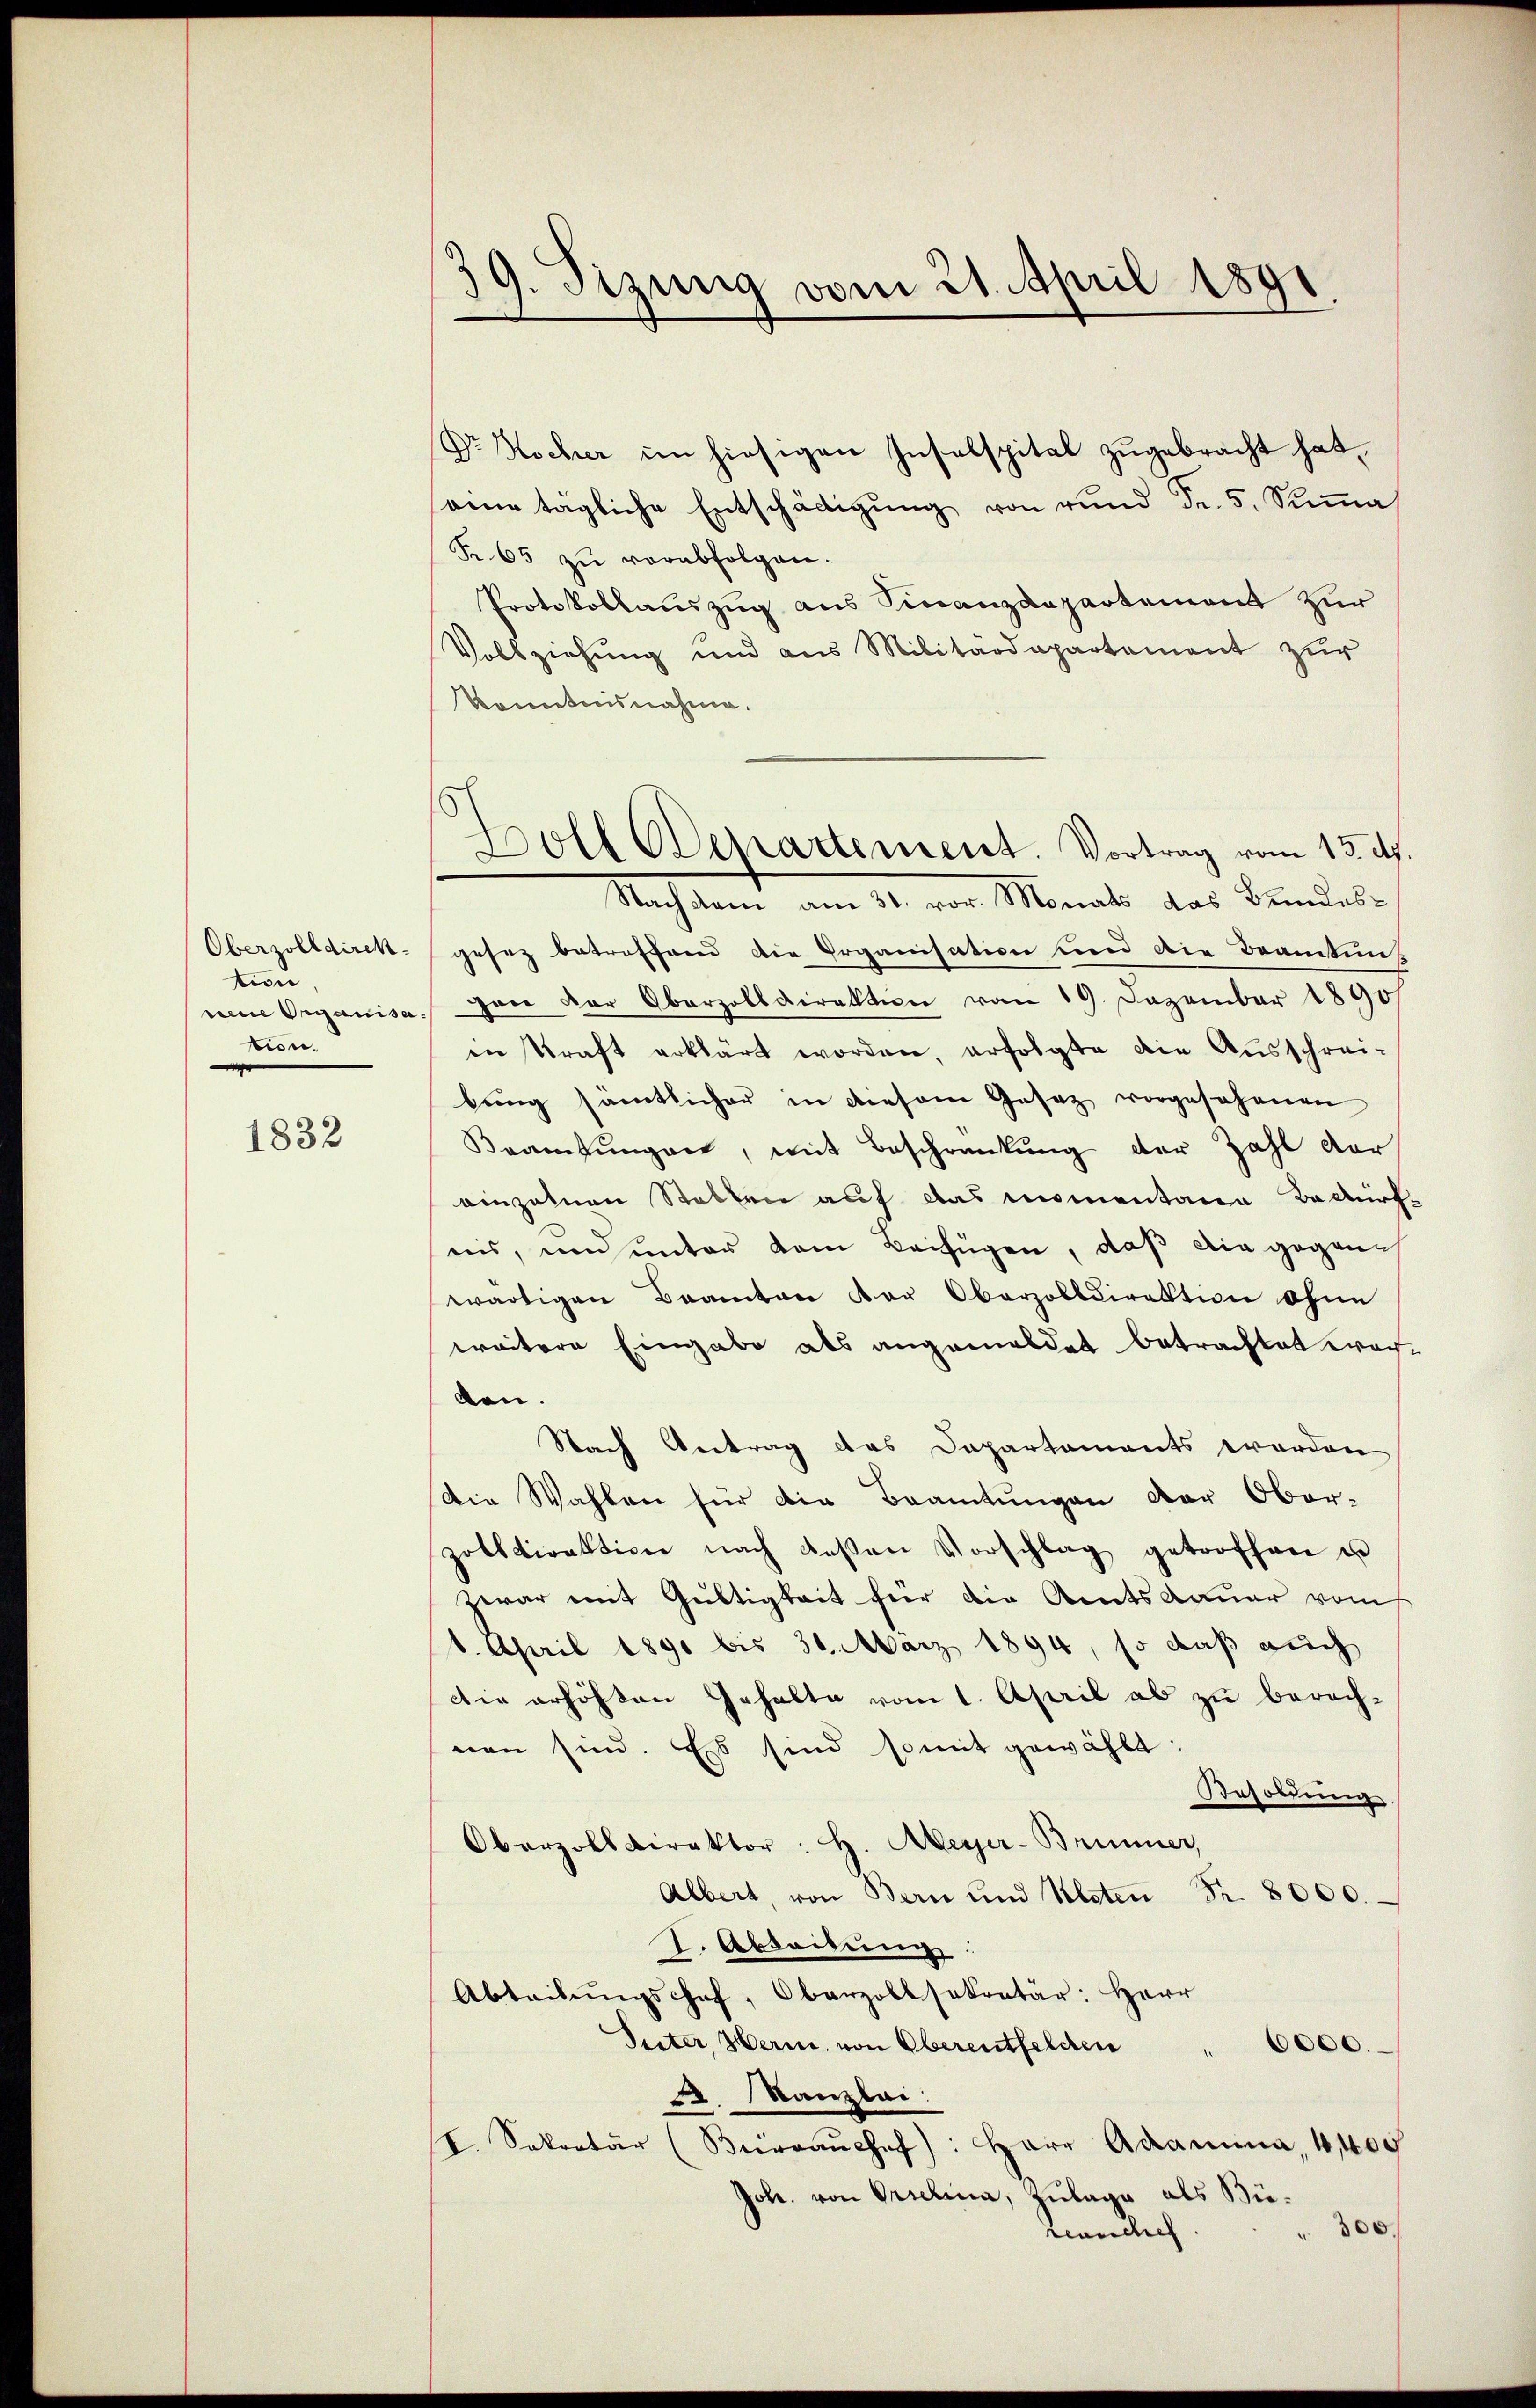
Oberzolldirektion
tion.

1832

39. Sizung vom 21. April 1891.

Dr. Hocher im hiesigen Insalspital zugebracht hat,
eine tägliche Entschädigŭng von rŭnd Fr. 5. Sŭṁa
Fr. 65 zŭ verabfolgen.
Protokollauszug aus Finanzdepartement zur
Vollziehung und aus Militärdepartement zur
konntnisnahme.
gesez betreffend die Organisation und die Beamtung
neue Organisa von der Oberzolldirektion vom 19. Dezember 1890/
in kraft erklärt worden, erfolgte die Ausschrei-
bung sämtlicher in diesem Gesetz vorgesehenen
Beamtŭngen, mit Beschränkung der Zahl der
einzelnen Stallen auf das momentana Bedürf
nis, und unter dem Beifügen, daß die gegann
wärtigen Beamten der Oberzolldirektion ohne
weitere Eingabe als angemeldet betrachtet wor
den.
Nach Antrag das Departements worden
Die Wahlen für die Beamtungen der Ober-
zolldirektion nach deβen Vorschlag getroffen u
zwar mit Gültigkeit hier die Amtsdauer vom
6. April 1890 bis 31. März 1894, so daß auch
Die erhöhten Gehalte vom 1. April ab zu berechnen sind. Es sind somit gewählt:
Besoldung
Oberzolldirektor H. Meyer-Brunner,
Albert, von Bern und Kloten Fr. 8000.
I. Abdeibung.
Abteilŭngschof, Oberzollsekretär: Herr
Suter, Herin, von Oberentfelden
6000.
A. Kanzlei:
I. Sekretär (Büreaŭshaf): Herr Adamina, 4,400
Joh. von Grielina, Zulage als Bü¬
" 300
rcanchef

s
Boll Departement. Vortrag vom 15. d.
Nachdem am 31. vor. Monats das Bundes¬